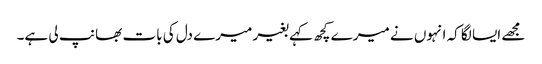
مجھے ایسا لگا کہ انہوں نے میرے کچھ کہے بغیر میرے دل کی بات بھانپ لی ہے۔